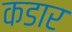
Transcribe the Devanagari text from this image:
कडार